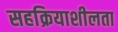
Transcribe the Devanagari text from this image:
सहक्रियाशीलता